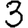
Digit: 3